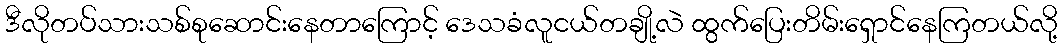
ဒီလိုတပ်သားသစ်စုဆောင်းနေတာကြောင့် ဒေသခံလူငယ်တချို့လဲ ထွက်ပြေးတိမ်းရှောင်နေကြတယ်လို့